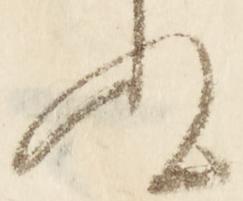
ぬ